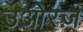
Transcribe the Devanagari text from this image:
उओरज़